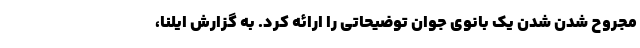
مجروح شدن شدن یک بانوی جوان توضیحاتی را ارائه کرد. به گزارش ایلنا،